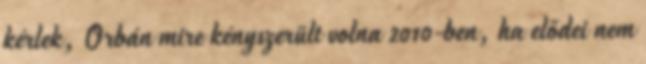
kérlek, Orbán mire kényszerült volna 2010-ben, ha elődei nem